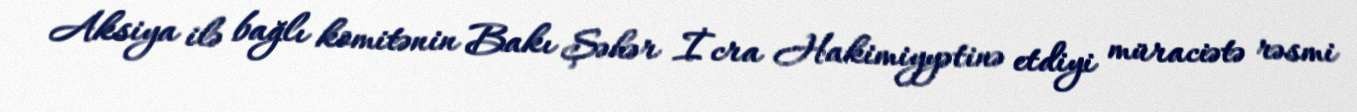
Aksiya ilə bağlı komitənin Bakı Şəhər İcra Hakimiyyətinə etdiyi müraciətə rəsmi